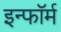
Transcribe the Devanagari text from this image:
इन्फॉर्म